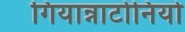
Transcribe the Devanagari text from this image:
गियान्नाटोनियो